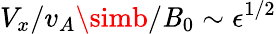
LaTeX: V_{x}/v_{A}\simb/\mathit{B}_{0}\sim\epsilon^{1/2}